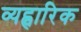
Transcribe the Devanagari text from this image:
व्यह्वारिक